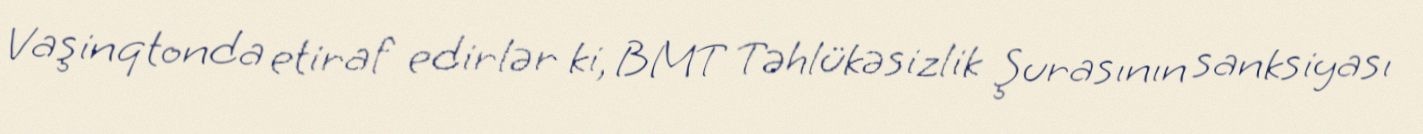
Vaşinqtonda etiraf edirlər ki, BMT Təhlükəsizlik Şurasının sanksiyası